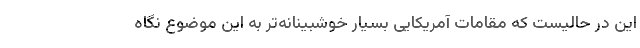
این در حالیست که مقامات آمریکایی بسیار خوشبینانه‌تر به این موضوع نگاه